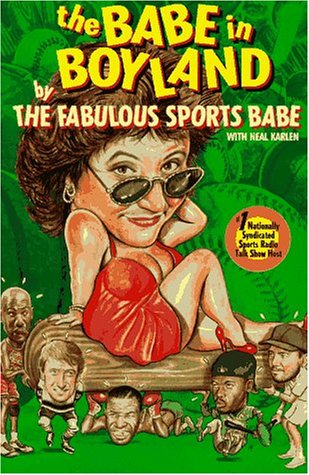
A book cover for The Babe in Boyland; Fabulous Sports Babe (Nanci Donnellan); Sports & Outdoors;